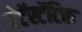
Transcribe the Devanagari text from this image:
मेटॅस्टॅटिक